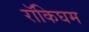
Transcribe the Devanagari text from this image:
रॉकिघम